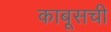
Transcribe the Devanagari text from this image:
काबूसची